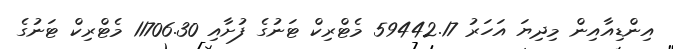
އިންޑިއާއިން މިދިޔަ އަހަރު 59442.17 މެޓްރިކް ޓަނުގެ ފުށާއި 11706.30 މެޓްރިކް ޓަނުގެ